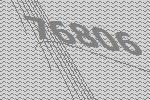
76806